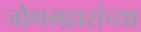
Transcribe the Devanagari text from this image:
जोगमहारांच्या